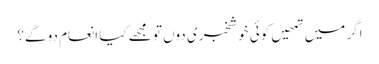
اگر میں تمھیں کوئی خوشخبری دوں تو مجھے کیا انعام دو گے؟